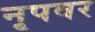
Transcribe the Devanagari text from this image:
नृपवर